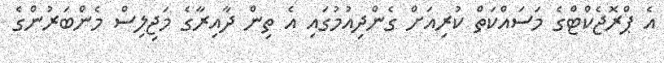
އެ ޕްރޮޖެކްޓްގެ މަސައްކަތް ކުރިއަށް ގެންދިއުމުގައި އެ ތިން ދާއިރާގެ މަޖިލިސް މެންބަރުންގެ